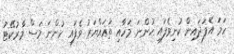
ހަމަ އެފަދައިން ކުނިވެފައި ހުންނަ މަހާއި ތަޣައްޔަރު ވެފައި ހުންނަ މަސް މާރުކޭޓު